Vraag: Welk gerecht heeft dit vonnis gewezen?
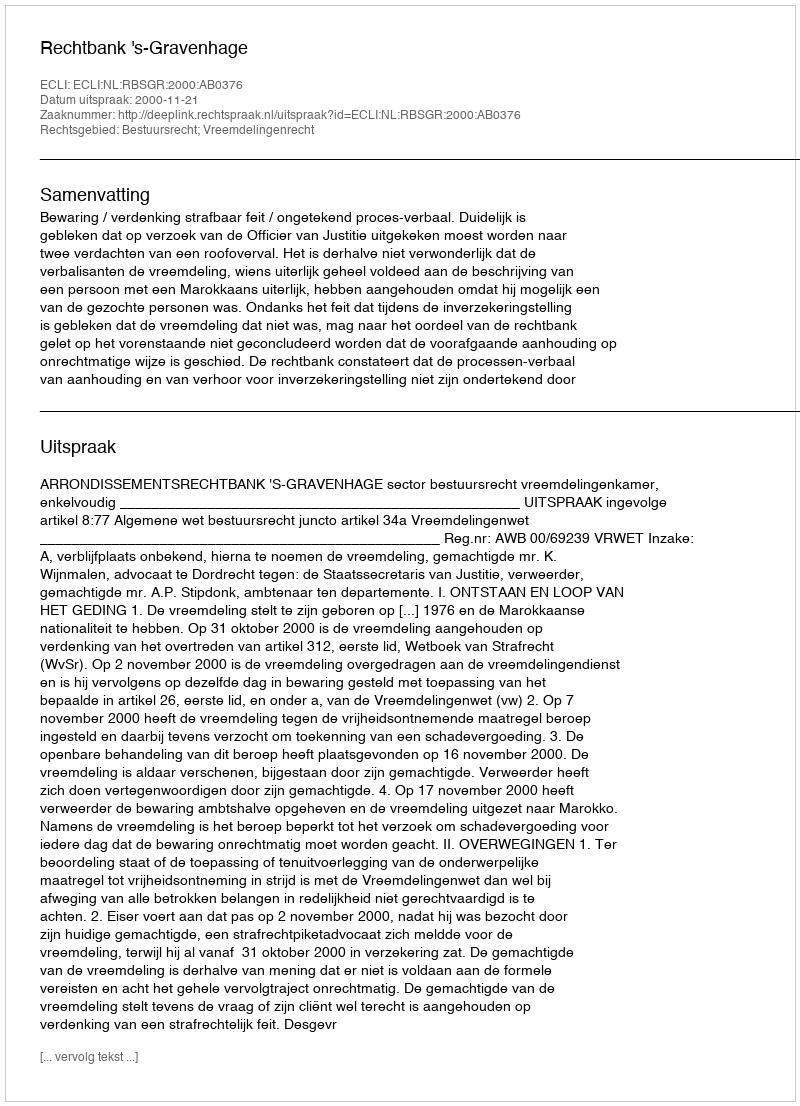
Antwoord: Rechtbank 's-Gravenhage